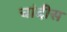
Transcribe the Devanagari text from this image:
चांदीस